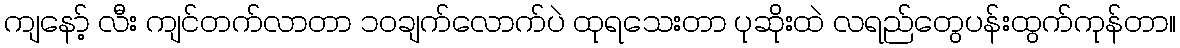
ကျနော့် လီး ကျင်တက်လာတာ ၁၀ချက်လောက်ပဲ ထုရသေးတာ ပုဆိုးထဲ လရည်တွေပန်းထွက်ကုန်တာ။